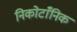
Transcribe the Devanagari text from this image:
निकोटाँनिक